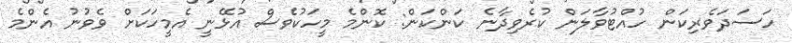
ހަސަދަވެރިކަން ހުއްޓުވާލަން ކުރެވިދާނެ ކަންކަން: ކޮންމެ މީހަކުވެސް އުޅޭނީ އެމީހަކަށް ވެވުނު އެންމެ